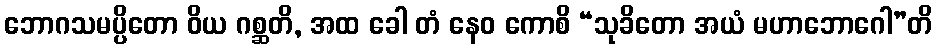
ဘောဂသမပ္ပိတော ဝိယ ဂစ္ဆတိ, အထ ခေါ တံ နေဝ ကောစိ “သုခိတော အယံ မဟာဘောဂေါ”တိ